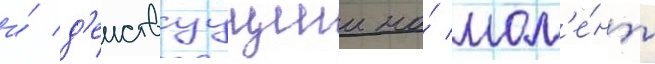
и́ д'еиствуущии на́ мом'е́нт